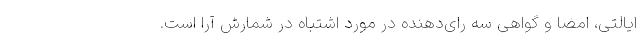
ایالتی، امضا و گواهی سه رای‌دهنده در مورد اشتباه در شمارش آرا است.